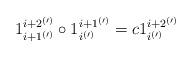
LaTeX: \begin{align*} 1_{i+1^{(\prime)}}^{i+2^{(\prime)}} \circ 1_{i^{(\prime)}}^{i+1^{(\prime)}} = c 1_{i^{(\prime)}} ^{i+2^{(\prime)}} \end{align*}